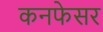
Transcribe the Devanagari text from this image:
कनफेसर